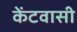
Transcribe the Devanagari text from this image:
केंटवासी